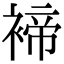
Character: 褅